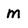
Character: M